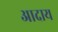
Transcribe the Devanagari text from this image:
आदाय